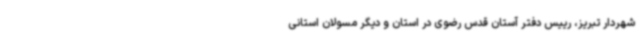
شهردار تبریز، رییس دفتر آستان قدس رضوی در استان و دیگر مسولان استانی